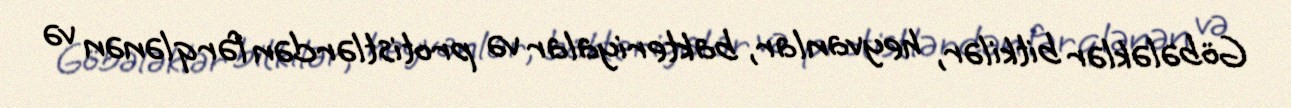
Göbələklər bitkilər, heyvanlar, bakteriyalar və protistlərdən fərqlənən və